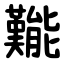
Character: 㔮